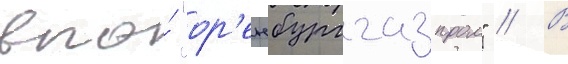
впо́ "ор'енбурггазпром" // В